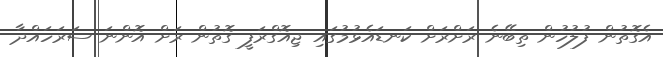
އެގޮތުން ފުލުހުން ތިބޭނެ ރަށްރަށް ކަނޑައެޅުމުގައި ޖިއޮގްރަފީ ގޮތުން ރަށް އޮންނަ ސަރަހައްދާ